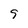
Character: 5